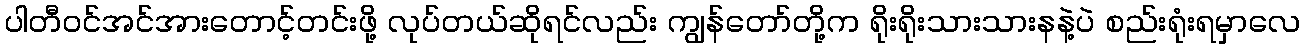
ပါတီဝင်အင်အားတောင့်တင်းဖို့ လုပ်တယ်ဆိုရင်လည်း ကျွန်တော်တို့က ရိုးရိုးသားသားနနဲ့ပဲ စည်းရုံးရမှာလေ